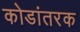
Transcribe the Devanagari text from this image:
कोडांतरक